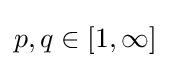
p,q\in [1,\infty ]